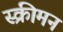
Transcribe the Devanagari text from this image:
स्क्रीमन